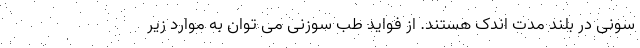
سونی در بلند مدت اندک هستند. از فواید طب سوزنی می توان به موارد زیر